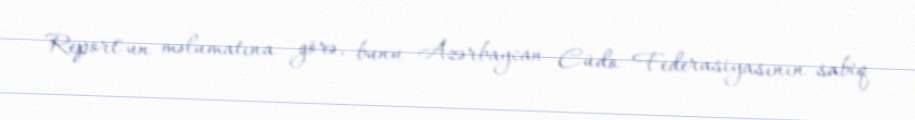
Report"un məlumatına görə, bunu Azərbaycan Cüdo Federasiyasının sabiq